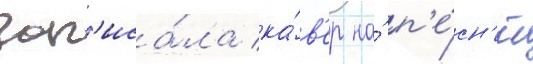
зап'иса́ла ка́в'ер на́ п'е́сн'ю